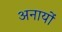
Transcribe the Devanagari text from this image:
अनायों